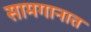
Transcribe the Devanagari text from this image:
सामगानात